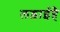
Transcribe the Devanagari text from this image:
लड़ाईहै